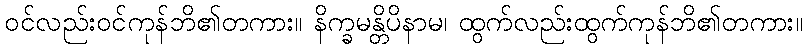
ဝင်လည်းဝင်ကုန်ဘိ၏တကား။ နိက္ခမန္တိပိနာမ၊ ထွက်လည်းထွက်ကုန်ဘိ၏တကား။